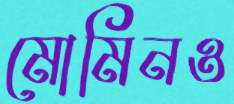
মোমিনও